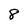
Character: 8